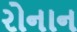
રોનાન